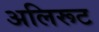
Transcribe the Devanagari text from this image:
अलिरूट